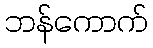
ဘန်ကောက်